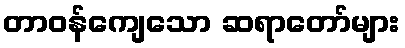
တာဝန်ကျေသော ဆရာတော်များ